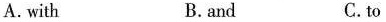
A. with B. and C.to